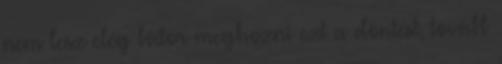
nem lesz elég bátor meghozni ezt a döntést, tovább